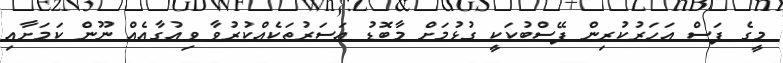
މީގެ ފަސް އަހަރުކުރިން ފޭސްބުކަކީ ގުޅުމަށް މާބޮޑު އަސަރުތަކެއްކުރުވާ ވިއުގާއެއް ނޫން ކަމަށާއި